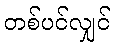
တစ်ပင်လျှင်